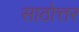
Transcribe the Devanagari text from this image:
साठोत्तर